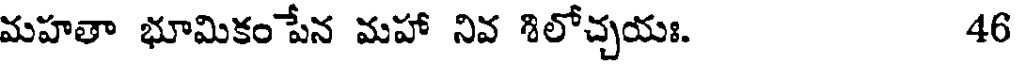
మహతా భూమికం పేన మహా నివ శిలోచ్చయః. 46